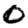
Digit: 0